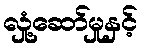
လှုံ့ဆော်မှုနှင့်